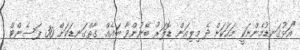
"އަޅުގަނޑުމެންނަކީ މަހަކަށް ދެ މިލިއަން ޑޮލަރު ބޭނުންވާ ބައެއް. ގާތްގަނޑަކަށް 30 ޕަސެންޓް